Report of the Indian Hemp Drugs Commission, 1894-1895 - Volume IV
Year: 1894
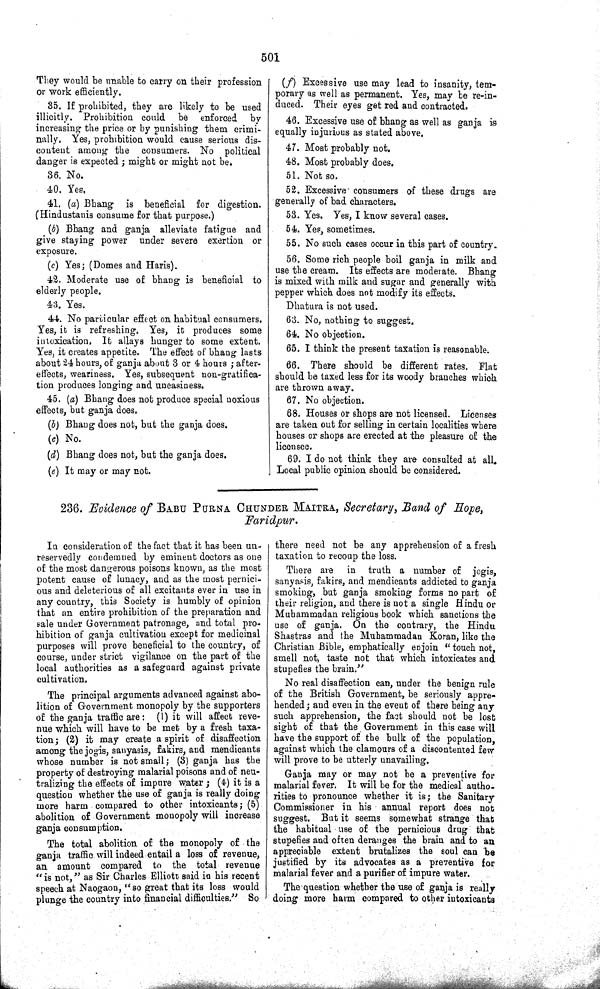
501
They would be unable to carry on their profession
or work efficiently.
35. If prohibited, they are likely to be used
illicitly. Prohibition could be enforced by
increasing the price or by punishing them crimi-
nally. Yes, prohibition would cause serious dis-
content among the consumers. No political
danger is expected; might or might not be.
36. No.
40. Yes.
41. (a) Bhang is beneficial for digestion.
(Hindustanis consume for that purpose.)
(b) Bhang and ganja alleviate fatigue and
give staying power under severe exertion or
exposure.
(c) Yes; (Domes and Haris).
42. Moderate use of bhang is beneficial to
elderly people.
43. Yes.
44. No particular effect on habitual consumers.
Yes, it is refreshing. Yes, it produces some
intoxication. It allays hunger to some extent.
Yes, it creates appetite. The effect of bhang lasts
about 24 hours, of ganja about 3 or 4 hours; after-
effects, weariness. Yes, subsequent non-gratifica-
tion produces longing and uneasiness.
45. (a) Bhang does not produce special noxious
effects, but ganja does.
(b) Bhang does not, but the ganja does.
(c) No.
(d) Bhang does not, but the ganja does.
(e) It may or may not.
(f) Excessive use may lead to insanity, tem-
porary as well as permanent. Yes, may be re-in-
duced. Their eyes get red and contracted.
46. Excessive use of bhang as well as ganja is
equally injurious as stated above.
47. Most probably not.
48. Most probably does.
51. Not so.
52. Excessive consumers of these drugs are
generally of bad characters.
53. Yes. Yes, I know several cases.
54. Yes, sometimes.
55. No such cases occur in this part of country.
56. Some rich people boil ganja in milk and
use the cream. Its effects are moderate. Bhang
is mixed with milk and sugar and generally with
pepper which does not modify its effects..
Dhatura is not used.
63. No, nothing to suggest.
64. No objection.
65. I think the present taxation is reasonable.
66. There should be different rates. Flat
should be taxed less for its woody branches which
are thrown away.
67. No objection.
68. Houses or shops are not licensed. Licenses
are taken out for selling in certain localities where
houses or shops are erected at the pleasure of the
licensee.
69. I do not think they are consulted at all.
Local public opinion should be considered.
236. Evidence of BABU PURNA CHUNDER MAITRA, Secretary, Band of Hope,
Faridpur.
In consideration of the fact that it has been un-
reservedly condemned by eminent doctors as one
of the most dangerous poisons known, as the most
potent cause of lunacy, and as the most pernici-
ous and deleterious of all excitants ever in use in
any country, this Society is humbly of opinion
that an entire prohibition of the preparation and
sale under Government patronage, and total pro-
hibition of ganja cultivation except for medicinal
purposes will prove beneficial to the country, of
course, under strict vigilance on the part of the
local authorities as a safeguard against private
cultivation.
The principal arguments advanced against abo-
lition of Government monopoly by the supporters
of the ganja traffic are: (1) it will affect reve-
nue which will have to be met by a fresh taxa-
tion; (2) it may create a spirit of disaffection
among the jogis, sanyasis, fakirs, and mendicants
whose number is not small; (3) ganja has the
property of destroying malarial poisons and of neu-
tralizing the effects of impure water; (4) it is a
question whether the use of ganja is really doing
more harm compared to other intoxicants; (5)
abolition of Government monopoly will increase
ganja consumption.
The total abolition of the monopoly of the
ganja traffic will indeed entail a loss of revenue,
an amount compared to the total revenue
"is not," as Sir Charles Elliott said in his recent
speech at Naogaon, "so great that its loss would
plunge the country into financial difficulties." So
there need not be any apprehension of a fresh
taxation to recoup the loss.
There are in truth a number of jogis,
sanyasis, fakirs, and mendicants addicted to ganja
smoking, but ganja smoking forms no part of
their religion, and there is not a single Hindu or
Muhammadan religious book which sanctions the
use of ganja. On the contrary, the Hindu
Shastras and the Muhammadan Koran, like the
Christian Bible, emphatically enjoin "touch not,
smell not, taste not that which intoxicates and
stupefies the brain."
No real disaffection can, under the benign rule
of the British Government, be seriously appre-
hended; and even in the event of there being any
such apprehension, the fact should not be lost
sight of that the Government in this case will
have the support of the bulk of the population,
against which the clamours of a discontented few
will prove to be utterly unavailing.
Ganja may or may not be a preventive for
malarial fever. It will be for the medical autho-
rities to pronounce whether it is; the Sanitary
Commissioner in his annual report does not
suggest. But it seems somewhat strange that
the habitual use of the pernicious drug that
stupefies and often deranges the brain and to an
appreciable extent brutalizes the soul can be
justified by its advocates as a preventive for
malarial fever and a purifier of impure water.
The question whether the use of ganja is really
doing more harm compared to other intoxicants